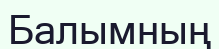
Балымның